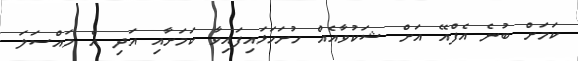
ކަމަށް ބުނެ އެފްއޭ އަށް ޝަކުވާއެއް ހުށަހަޅައިފައިވާ ކަމަށާއި އަދި އެ މައްސަލަ